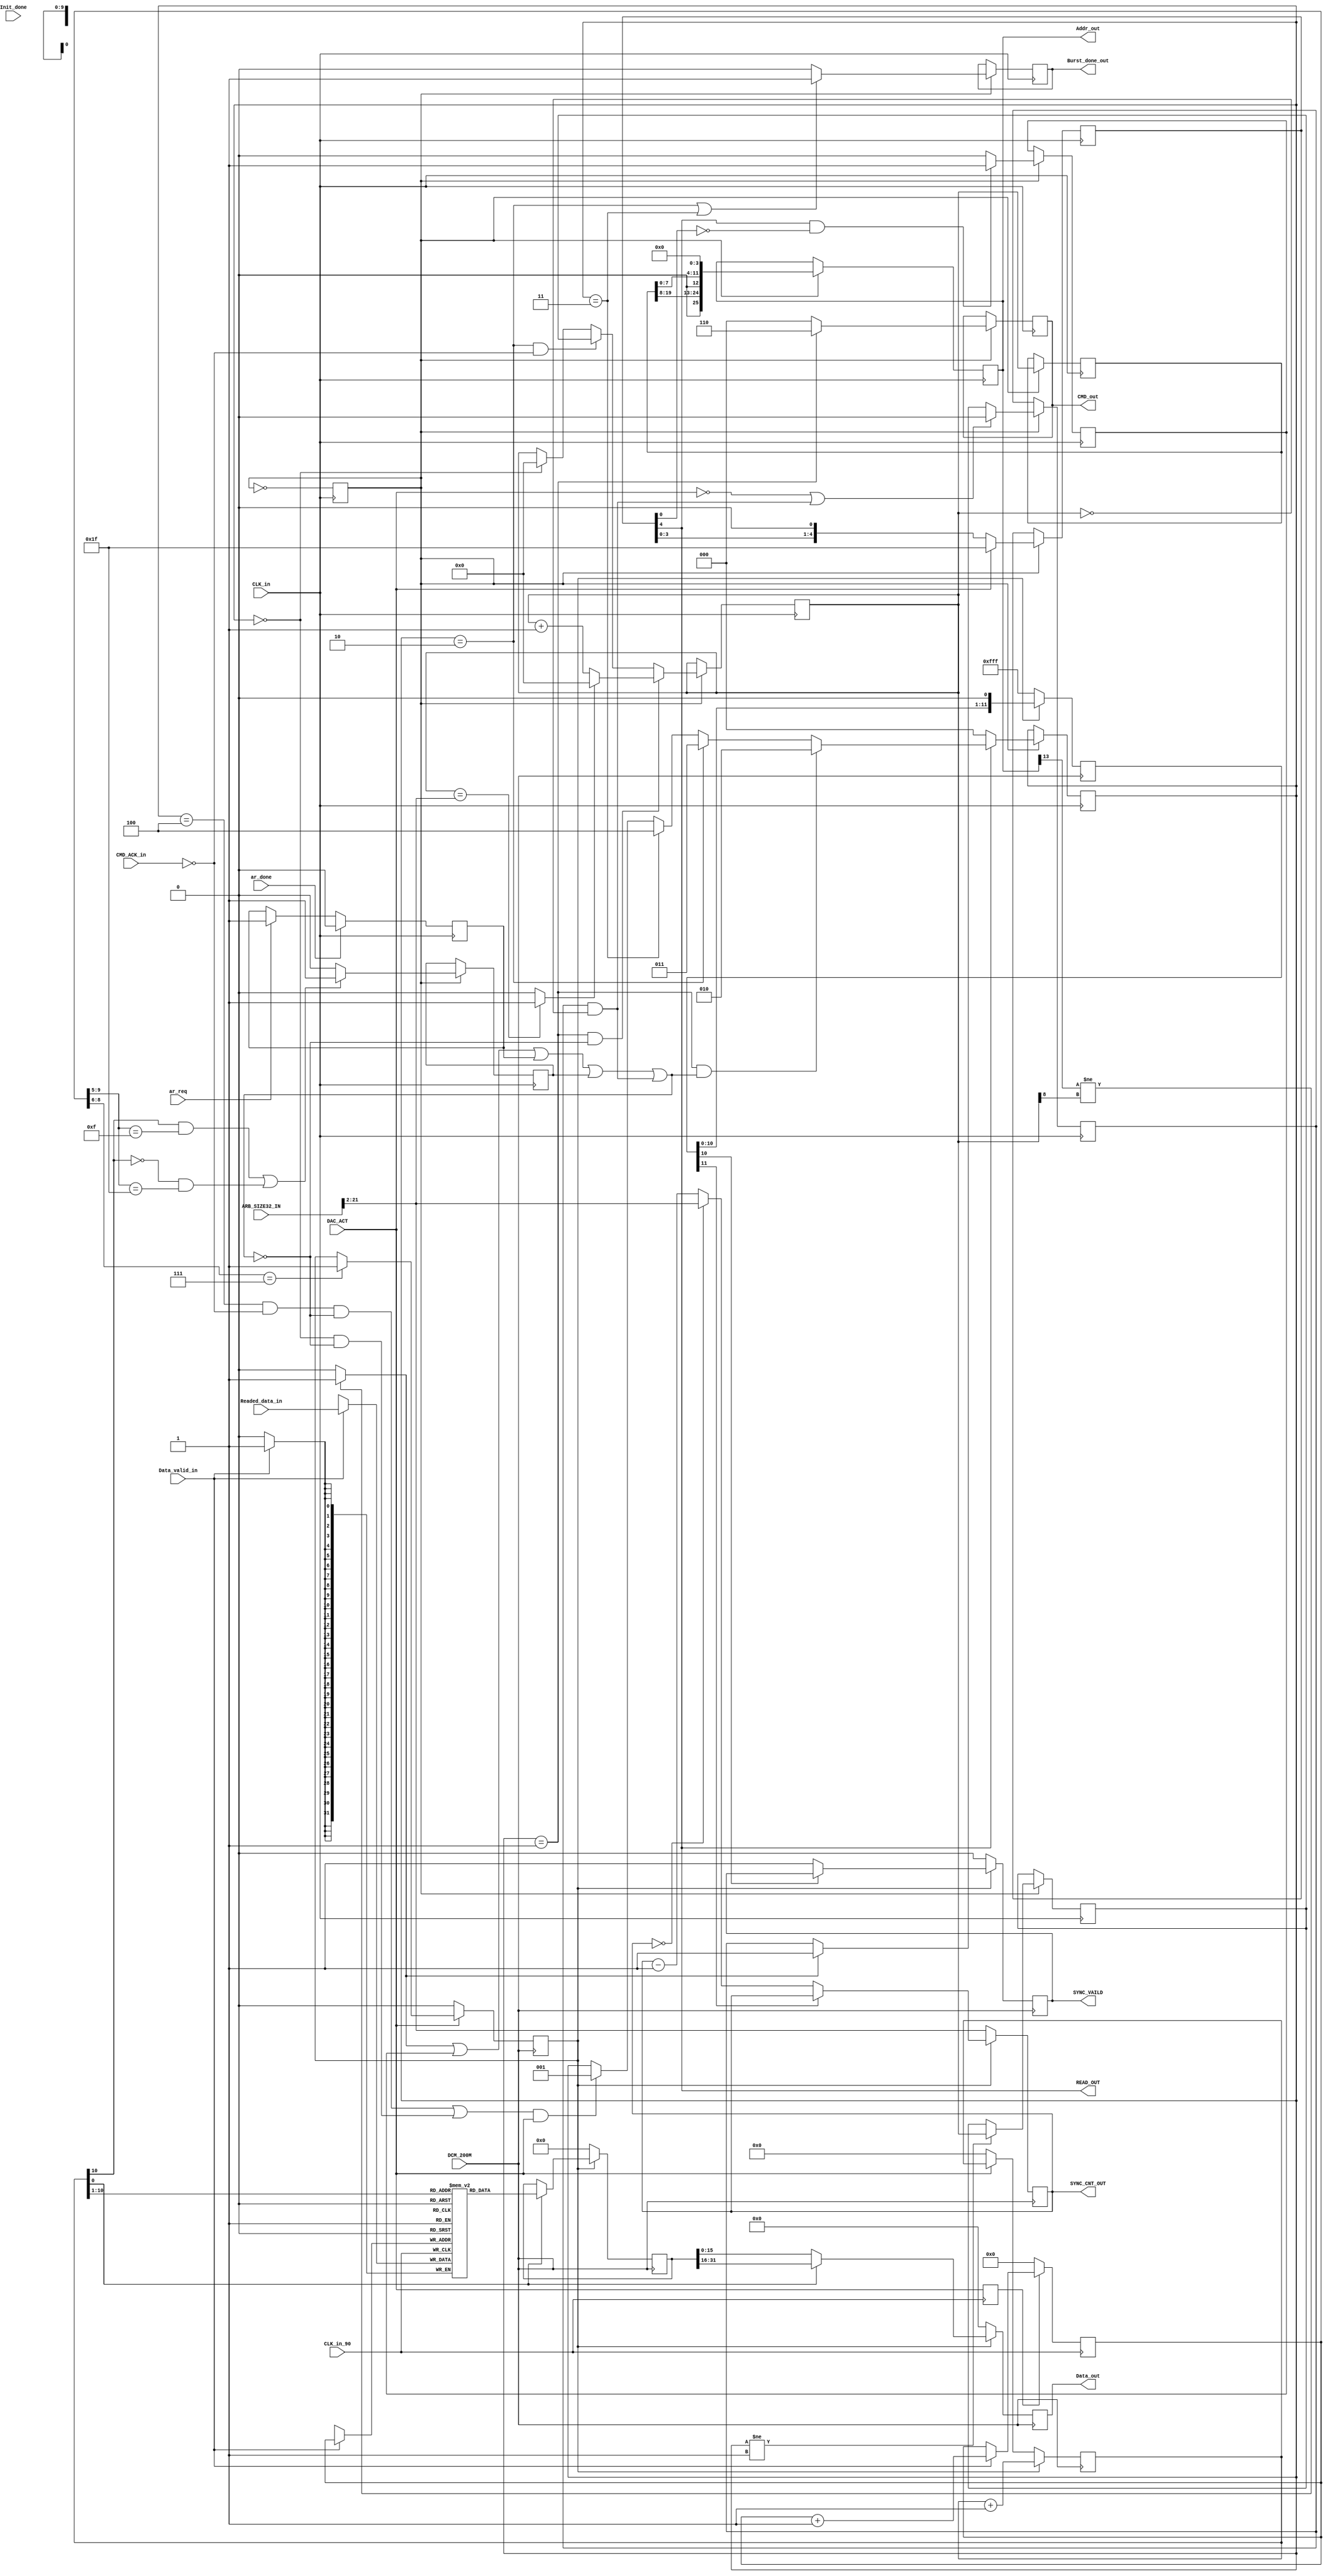
`timescale 1ns / 1ps
//////////////////////////////////////////////////////////////////////////////////
// Company: 
// Engineer: 
// 
// Design Name: 
// Module Name:    Read_Controler 
// Project Name: 
// Target Devices: 
// Tool versions: 
// Description: 
//
// Dependencies: 
//
// Revision: 
// Revision 0.01 - File Created
// Additional Comments: 
//
//////////////////////////////////////////////////////////////////////////////////
module Read_Controler(Init_done,DCM_200M,DAC_ACT,CLK_in, CLK_in_90, CMD_ACK_in,ar_req,ar_done, Readed_data_in, Data_valid_in, CMD_out, Addr_out, Burst_done_out, Data_out,READ_OUT,SYNC_CNT_OUT,ARB_SIZE32_IN,SYNC_VAILD);
    input Init_done;
	 input DCM_200M;
	 input DAC_ACT;
    input CLK_in;
	 input CLK_in_90;
    input CMD_ACK_in;
	 input ar_req;
	 input ar_done;
    input [31:0] Readed_data_in;
    input Data_valid_in;
	 input [31:0]ARB_SIZE32_IN;//only using [21:0]bits,from 0~size of arb -1;
    output [2:0] CMD_out;
    output [25:0] Addr_out;
    output Burst_done_out;
    output [15:0] Data_out;
	 output READ_OUT;
	 output [19:0]SYNC_CNT_OUT; 
	 output SYNC_VAILD;


	 reg [31:0]Readed_data_in_buf;
    reg Burst_done_out;
	 reg [25:0]Addr_out;
	 reg [15:0]Data_out;
	 reg SYNC_VAILD;
	 reg address_set_0;
	 
	 wire [19:0]	ADDR_CNT_MAX_VAL;//=ARB_SIZE32_IN[21:2],compare with AddrBuf0,20bit
	 reg [19:0] AddrBuf0;   //4m addressing AddrBuf0->AddrBuf1->Addr_out
	 reg [19:0] AddrBuf1;
	 reg [19:0] Addr_Save;//if ar_req occurs at cmd_ack = 0! then reload it

	 reg last_A8;
	 reg [4:0]read_ack;
	 reg [4:0]CMD_ACT_CNT;
	 reg [1:0]SUB_ACT;
	 reg RETURN_0;
	 reg ROW_CHANGED;
	 
	 reg [31:0]MEMORY[1023:0];//1024*32bit=1k*16bit buff
	 reg [9:0]M_WRITE_CNT;//memory write count,0~1024,10bit, 1k*32=2k*16 pointer
	 reg [10:0]M_READ_CNT;//memory read count,0~1024*2,11bit,M_READ_CNT[10:1]	used to compare with M_WRITE_CNT
	 //4M cnt=21bit cnt *32bit databus.
	 reg M_OUTPUT;//OUTPUT data;
	
	 reg [31:0]M_BUF;	 
	 reg [19:0]SYNC_CNT_OUT;//sync count,4M,10bit,
	 reg SYNC_CNT_ACT;
	 
	 reg [11:0]MARKER_DELAY;//MARKER_DELAY becouse of DAC feture
	//========================================================================
	localparam	OFF	=	3'b000;
	localparam	ON		=	3'b001;
	localparam 	SUSPEND_BURST0	=	3'b010;
	localparam	SUSPEND_BURST1	=	3'b011;
	localparam 	SUSPEND_WAIT	=	3'b100;
	
	reg [2:0]   CS;                  //current_state
	
	(* KEEP="TRUE" *)wire ROW_STOP;
	reg AR_STOP;
	reg M_STOP;
	reg CHANGED_ROW;
	wire CHANGED_ROW_STOP;
	wire ADDR_MAX_DONE;
	reg DIV_2_CLK;
	(* KEEP="TRUE" *)wire STOP;				//
	reg [2:0]CMD_out;
	reg BURST_ONCE_DONE;
	reg [2:0]DELAY;
	reg [4:0]DAC_OFF_DELAY;
	reg DACSTOP;
	reg BURST_0;
	reg DAC_ACT0;
	
	initial
	begin 
	DIV_2_CLK=0;
	AR_STOP=0;
	M_STOP=0;
	CHANGED_ROW=0;
	AddrBuf0=0;
	BURST_ONCE_DONE=0;
	DAC_OFF_DELAY=0;
	DACSTOP=0;
	end
	
	
	//STOP					//becouse of while stop at 0xFE, then next read will be 0xFF,and row stop will always high!
	assign STOP=ROW_STOP|DACSTOP|AR_STOP|M_STOP|CHANGED_ROW_STOP ;
	assign ROW_STOP=Addr_out[13]!=AddrBuf0[8]? 1:0;	
	assign READ_OUT=DAC_OFF_DELAY[4];
	assign ADDR_CNT_MAX_VAL=ARB_SIZE32_IN[21:2];//20bit		
	assign ADDR_MAX_DONE=(AddrBuf0==ADDR_CNT_MAX_VAL)? 1:0;
	assign CHANGED_ROW_STOP=CHANGED_ROW&(AddrBuf0==0);
	
//##############  CLK   ############################################
	always@(posedge CLK_in)
	begin	
		//DIV_2_CLK 
		DIV_2_CLK<=~DIV_2_CLK;	
	end	
//#############################################################	
	always@(negedge CLK_in)		
	begin	
		//ar req
		if(ar_req==1)
		begin
			AR_STOP<=1;
		end						
		if(ar_done) 
			AR_STOP<=0;
		//#############################################################
		if(DIV_2_CLK==1)
		begin		
			if(DAC_OFF_DELAY[4]==0)
				CS<=OFF;
			else 
			begin
				if(CS==ON&&STOP==1)
					CS<=SUSPEND_BURST0;
				else	if(CS==SUSPEND_BURST0)
					CS<=SUSPEND_BURST1;					
				else	if(CS==SUSPEND_BURST1)
					CS<=SUSPEND_WAIT;
				else	if(((CS==SUSPEND_WAIT&&CMD_ACK_in==0&&STOP==0)||(CS==OFF&&STOP==0))&&DAC_ACT==1)
					CS<=ON;	
				else		
					CS<=CS;
			end	
			
			//cmd------------------------------------------
			if(CS==ON)
				CMD_out<=3'b110;
			else
				CMD_out<=3'b000;
			
			//burst---------------------------------------
			if(CS==SUSPEND_BURST0||CS==SUSPEND_BURST1)
				Burst_done_out<=1;
			else
				Burst_done_out<=0;
				
			//addr---------//row					//col			//col[1:0] //bank										 
			Addr_out<={1'b0,AddrBuf1[19:8],1'b0,AddrBuf1[7:0],2'b00,2'b00};	
			AddrBuf1<=AddrBuf0;
			// STOPS,  only ar stop not in here -----------------------------------------	
			if(DAC_ACT==1)
				DAC_OFF_DELAY<=5'b11111;
			else
				DAC_OFF_DELAY<=DAC_OFF_DELAY<<1;
			DACSTOP<=(DAC_OFF_DELAY[4]==1&&DAC_OFF_DELAY[0]==0)? 1:0;
			M_STOP<=(((M_READ_CNT[10]==1)&&(M_WRITE_CNT[9:5]==5'b01111))||((M_READ_CNT[10]==0)&&(M_WRITE_CNT[9:5]==5'b11111)))? 1:0;		
					
			//CHANGED_ROW_STOP
			if(ROW_STOP==1)
				CHANGED_ROW<=1;
			if(DAC_ACT==0||(CHANGED_ROW_STOP==1))		
				CHANGED_ROW<=0;

			//addr
			if(CS==ON&&STOP==0)
			begin
				if(ADDR_MAX_DONE==1)
					AddrBuf0<=0;	
				else
					AddrBuf0<=AddrBuf0+1;			
			end
			else if(CS==SUSPEND_BURST0&&CMD_ACK_in==0)
				AddrBuf0<=Addr_Save;	
			else if(CS==OFF)
				AddrBuf0<=0;	
			else
				AddrBuf0<=AddrBuf0;	

			if(CS!=ON)
				Addr_Save<=AddrBuf0;
				
		end	
//###################################################################################		
		

	end	
	//------------------------------------------------------
	//--------------------------------------------------	

			
	always@(negedge CLK_in_90)
	begin
		DAC_ACT0<=DAC_ACT;//becouse of fail constriant
		if(Data_valid_in==1)
		begin	
				M_WRITE_CNT<=M_WRITE_CNT+1;
				MEMORY[M_WRITE_CNT]<=Readed_data_in;	//32bit				
		end
		if(DAC_ACT0==0)
				M_WRITE_CNT<=0;
	end
	
	
	always@(posedge DCM_200M)
	begin
		//======== while W CNT > 3'b111
		if(DAC_ACT==0)
		begin
			M_OUTPUT<=0;	
			M_READ_CNT<=0;			
		end	
		else if(M_WRITE_CNT[8:6]==3'b111)
		begin
			M_OUTPUT<=1;
		end

		// output
		if(M_OUTPUT==1)
		begin
			if(M_READ_CNT[0]==1)
				M_BUF<=MEMORY[M_READ_CNT[10:1]];
			else
				M_BUF<=M_BUF;
			Data_out<=M_READ_CNT[0]==0?	M_BUF[15:0]:M_BUF[31:16];			
			M_READ_CNT<=M_READ_CNT+1;		
		end
		else
		begin
			M_BUF<=0;
			Data_out<=0;
		end	
				
		//MARKER_DELAY
		if(M_OUTPUT==0)
			MARKER_DELAY<=12'b111111111111;
		else
			MARKER_DELAY<=MARKER_DELAY<<1;
			
		//marker				
		if(M_OUTPUT==1)
		begin
			if(MARKER_DELAY[11]==0)
				SYNC_CNT_OUT<=(SYNC_CNT_OUT==0)? 	ARB_SIZE32_IN[21:2] : SYNC_CNT_OUT-1;
			else
				SYNC_CNT_OUT<=SYNC_CNT_OUT;
			if(MARKER_DELAY[10]==0)	
			SYNC_VAILD<=1;//for first sync 
		end	
		else
		begin
			SYNC_CNT_OUT<=ARB_SIZE32_IN[21:2];
			SYNC_VAILD<=0;
		end	
			
	end
	//==========================================================================
	//==========================================================================
	//==========================================================================
	//==========================================================================
	//==========================================================================
	
	

endmodule